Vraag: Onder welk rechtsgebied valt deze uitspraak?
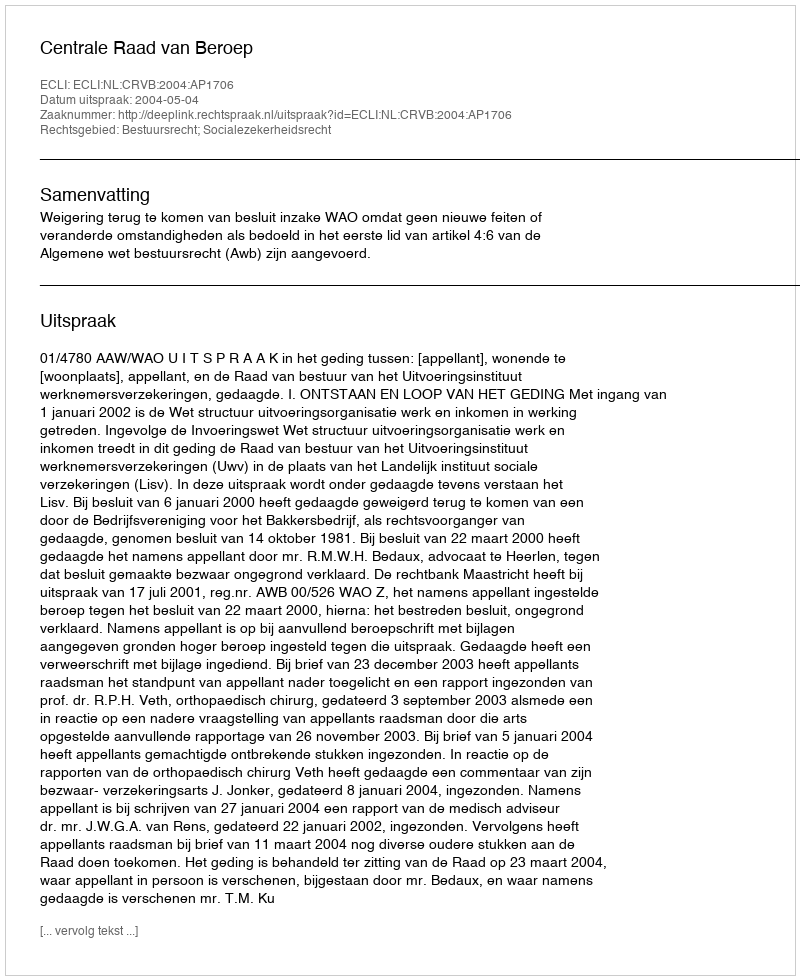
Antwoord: Bestuursrecht; Socialezekerheidsrecht